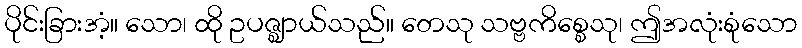
ပိုင်းခြားအံ့။ သော၊ ထို ဥပဇ္ဈာယ်သည်။ တေသု သဗ္ဗကိစ္စေသု၊ ဤအလုံးစုံသော